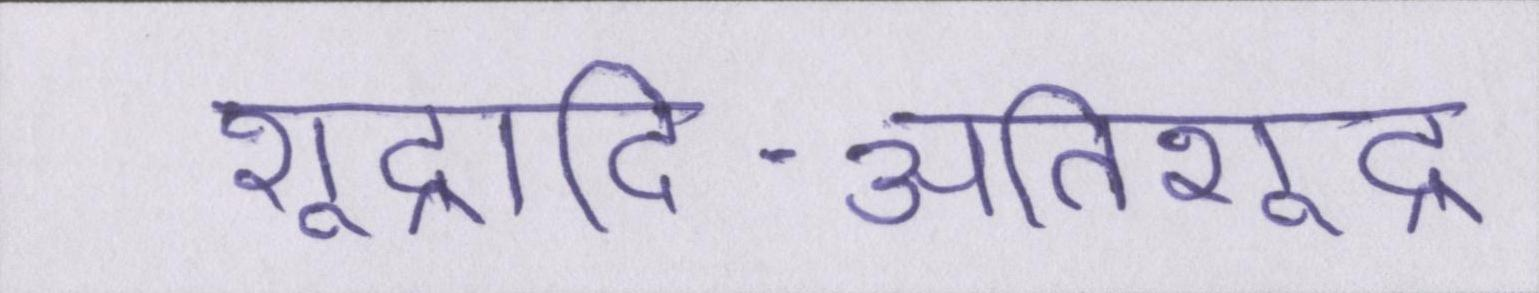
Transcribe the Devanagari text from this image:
शूद्रादि-अतिशूद्र